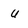
Character: u